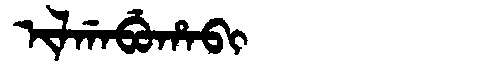
Manchu: ᡳᠯᡤᠠᠪᡠᡥᠠᠪᡳ
Romanization: ILGABUHABI